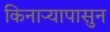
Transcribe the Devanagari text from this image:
किनार्‍यापासुन